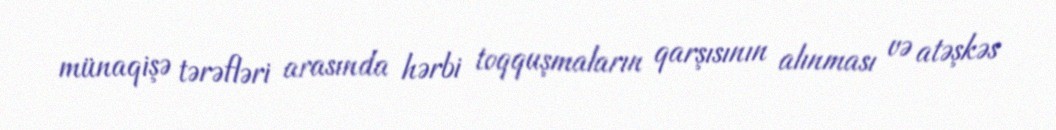
münaqişə tərəfləri arasında hərbi toqquşmaların qarşısının alınması və atəşkəs